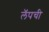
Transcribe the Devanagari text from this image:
लॅपची